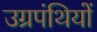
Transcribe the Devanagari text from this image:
उग्रपंथियों